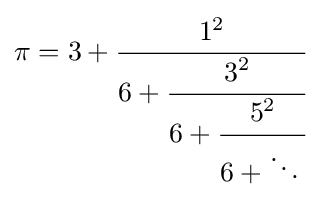
\pi ={3+{\cfrac {1^{2}}{6+{\cfrac {3^{2}}{6+{\cfrac {5^{2}}{6+\ddots \,}}}}}}}